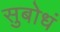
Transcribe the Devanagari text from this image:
सुबोधं